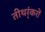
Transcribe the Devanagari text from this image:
तीथर्ंकरों